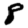
Digit: 8